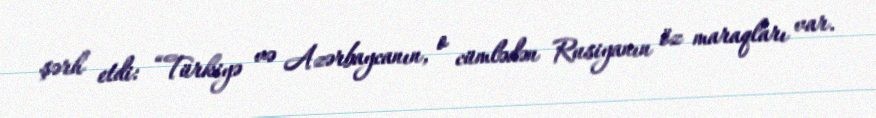
şərh etdi: “Türkiyə və Azərbaycanın, o cümlədən Rusiyanın öz maraqları var.